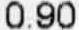
0.90